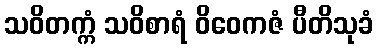
သဝိတက္ကံ သဝိစာရံ ဝိဝေကဇံ ပီတိသုခံ